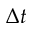
\Delta t